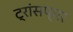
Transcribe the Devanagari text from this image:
ट्रांसफ्रर